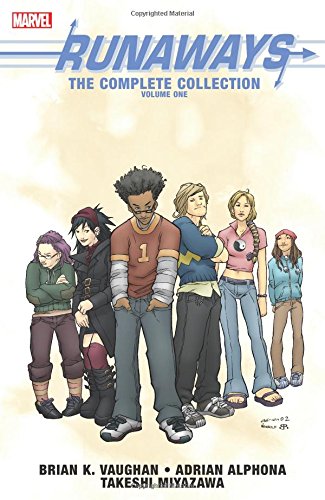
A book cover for Runaways: The Complete Collection Volume 1; Brian K. Vaughan; Comics & Graphic Novels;